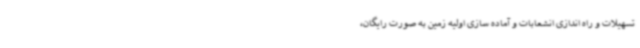
تسهیلات و راه اندازی انشعابات و آماده سازی اولیه زمین به صورت رایگان،